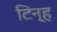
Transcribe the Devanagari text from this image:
टिन्ह